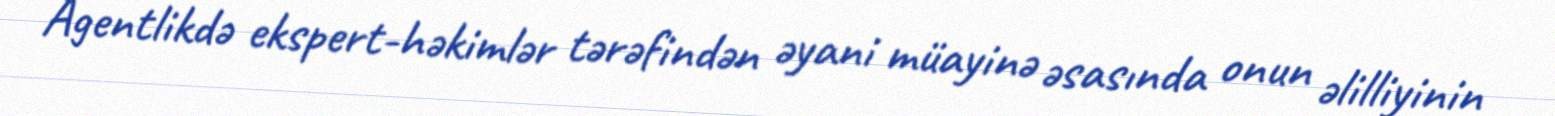
Agentlikdə ekspert-həkimlər tərəfindən əyani müayinə əsasında onun əlilliyinin